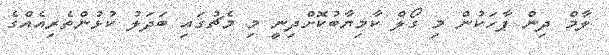
ލާމް ދިން ޕާހަކުން މި ގޯލް ކާމިޔާބުކޮށްދިނީ މި މެޗުގައި ބަދަލު ކުޅުންތެރިއެއްގެ